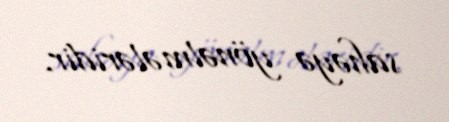
sahəyə yönəlmələridir.